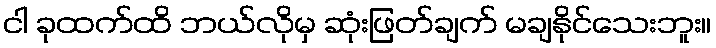
ငါ ခုထက်ထိ ဘယ်လိုမှ ဆုံးဖြတ်ချက် မချနိုင်သေးဘူး။